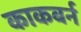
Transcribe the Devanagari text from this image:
काकबर्न